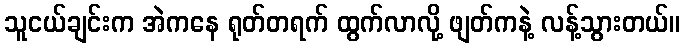
သူငယ်ချင်းက အဲကနေ ရုတ်တရက် ထွက်လာလို့ ဖျတ်ကနဲ့ လန့်သွားတယ်။